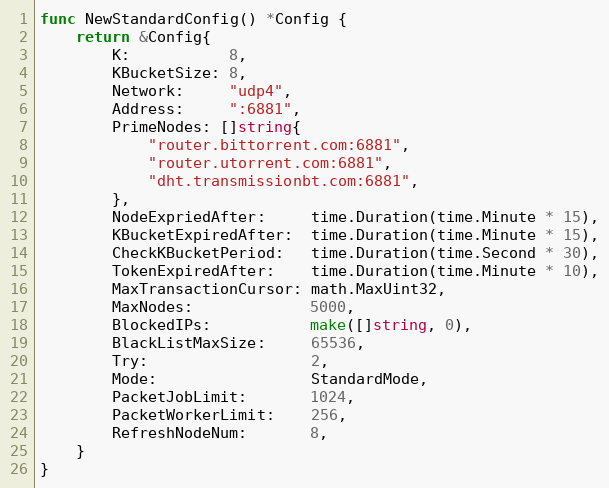
Language: Go
func NewStandardConfig() *Config {
	return &Config{
		K:           8,
		KBucketSize: 8,
		Network:     "udp4",
		Address:     ":6881",
		PrimeNodes: []string{
			"router.bittorrent.com:6881",
			"router.utorrent.com:6881",
			"dht.transmissionbt.com:6881",
		},
		NodeExpriedAfter:     time.Duration(time.Minute * 15),
		KBucketExpiredAfter:  time.Duration(time.Minute * 15),
		CheckKBucketPeriod:   time.Duration(time.Second * 30),
		TokenExpiredAfter:    time.Duration(time.Minute * 10),
		MaxTransactionCursor: math.MaxUint32,
		MaxNodes:             5000,
		BlockedIPs:           make([]string, 0),
		BlackListMaxSize:     65536,
		Try:                  2,
		Mode:                 StandardMode,
		PacketJobLimit:       1024,
		PacketWorkerLimit:    256,
		RefreshNodeNum:       8,
	}
}